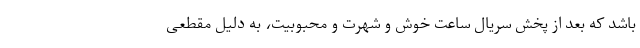
باشد که بعد از پخش سریال ساعت‌ خوش و شهرت و محبوبیت، به دلیل مقطعی